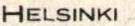
HELSINKI